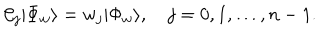
LaTeX: { \cal C } _ { j } | \Phi _ { w } \rangle = w _ { j } | \Phi _ { w } \rangle , \quad j = 0 , 1 , \ldots , n - 1 .